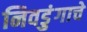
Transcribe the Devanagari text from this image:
निवडुंगाचे